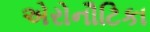
એરોનૌટિકા